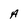
Character: A